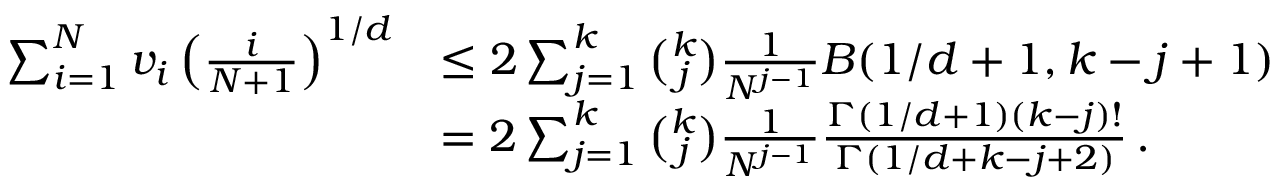
\begin{array} { r l } { \sum _ { i = 1 } ^ { N } v _ { i } \left( \frac { i } { N + 1 } \right) ^ { 1 / d } } & { \leq 2 \sum _ { j = 1 } ^ { k } { \binom { k } { j } } \frac { 1 } { N ^ { j - 1 } } B ( 1 / d + 1 , k - j + 1 ) } \\ & { = 2 \sum _ { j = 1 } ^ { k } { \binom { k } { j } } \frac { 1 } { N ^ { j - 1 } } \frac { \Gamma ( 1 / d + 1 ) ( k - j ) ! } { \Gamma ( 1 / d + k - j + 2 ) } \, . } \end{array}